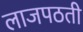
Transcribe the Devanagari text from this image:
लाजपठती